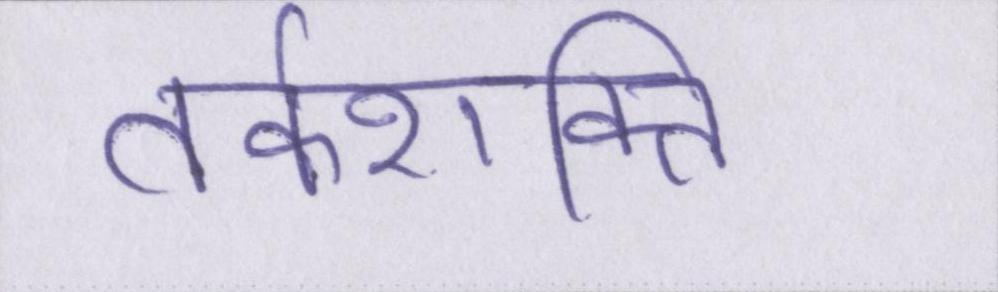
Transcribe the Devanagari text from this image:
तर्कशक्ति